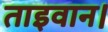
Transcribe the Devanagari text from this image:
ताइवान।